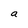
Character: a